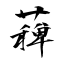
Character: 薭